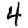
Digit: 4